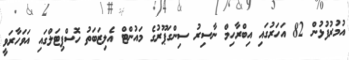
އުމުރުފުޅުން 82 އަހަރުގައި އިބްރާހިމް ނާސިރު ސިންގަޕޫރުގެ މައުންޓް އެލިޒަބަތު ހޮސްޕިޓަލްގައި އަވަހާރަވީ